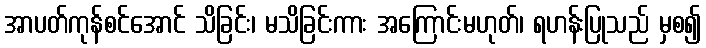
အာပတ်ကုန်စင်အောင် သိခြင်း၊ မသိခြင်းကား အကြောင်းမဟုတ်၊ ရဟန်းပြုသည် မှစ၍